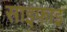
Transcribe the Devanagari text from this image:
साइफाइ